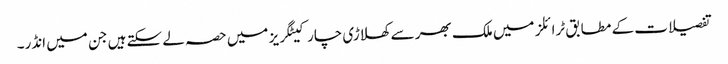
تفصیلات کے مطابق ٹرائلز میں ملک بھر سے کھلاڑی چار کیٹگریز میں حصہ لے سکتے ہیں جن میں انڈر۔